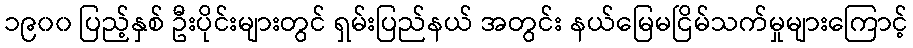
၁၉၀၀ ပြည့်နှစ် ဦးပိုင်းများတွင် ရှမ်းပြည်နယ် အတွင်း နယ်မြေမငြိမ်သက်မှုများကြောင့်